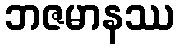
ဘဇမာနဿ